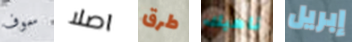
سوف اصلا طرق ناهيك إبريل